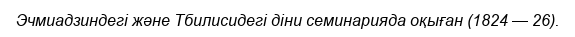
Эчмиадзиндегі және Тбилисидегі діни семинарияда оқыған (1824 — 26).